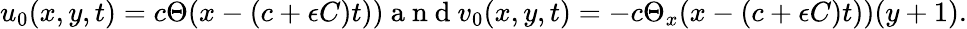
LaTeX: u_{0}(x,y,t)=c\Theta(x-(c+\epsilon C)t))\mathrm{~a~n~d~}v_{0}(x,y,t)=-c\Theta_{x}(x-(c+\epsilon C)t))(y+1).